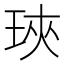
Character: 𤥵